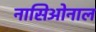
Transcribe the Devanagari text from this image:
नासिओनाल